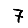
Digit: 7